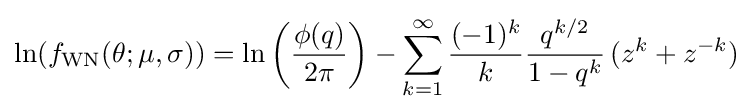
\ln(f_{\text{WN}}(\theta ;\mu ,\sigma ))=\ln \left({\frac {\phi (q)}{2\pi }}\right)-\sum _{k=1}^{\infty }{\frac {(-1)^{k}}{k}}{\frac {q^{k/2}}{1-q^{k}}}\,(z^{k}+z^{-k})